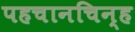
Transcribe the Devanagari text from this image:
पहचानचिन्ह